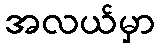
အလယ်မှာ